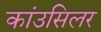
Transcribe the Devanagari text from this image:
कांउसिलर